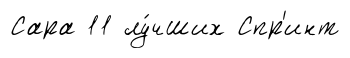
Сара 11 лу́чших Спр'инт